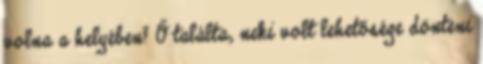
volna a helyében? Ő találta, neki volt lehetősége dönteni